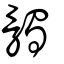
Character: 髑